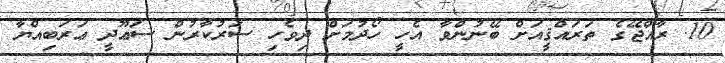
10. ރާއްޖޭގެ ތަރައްޤީއަށް ބޭނުންވާ އެހީ ހޯދުމަށް ދިވެހި ސަރުކާރުން ސަޢޫދީ ޢަރަބިއްޔާ